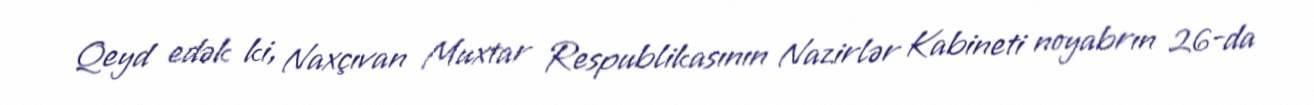
Qeyd edək ki, Naxçıvan Muxtar Respublikasının Nazirlər Kabineti noyabrın 26-da